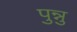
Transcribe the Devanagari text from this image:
पुन्नु